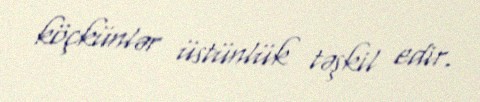
köçkünlər üstünlük təşkil edir.